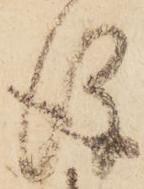
後